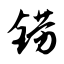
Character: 铹